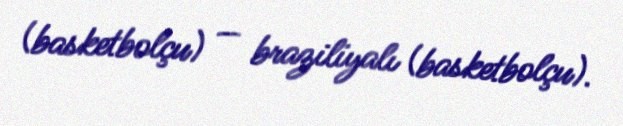
(basketbolçu) — braziliyalı (basketbolçu).